Vaccination in Bombay 1924-1928 - 1924-1928
Year: 1924
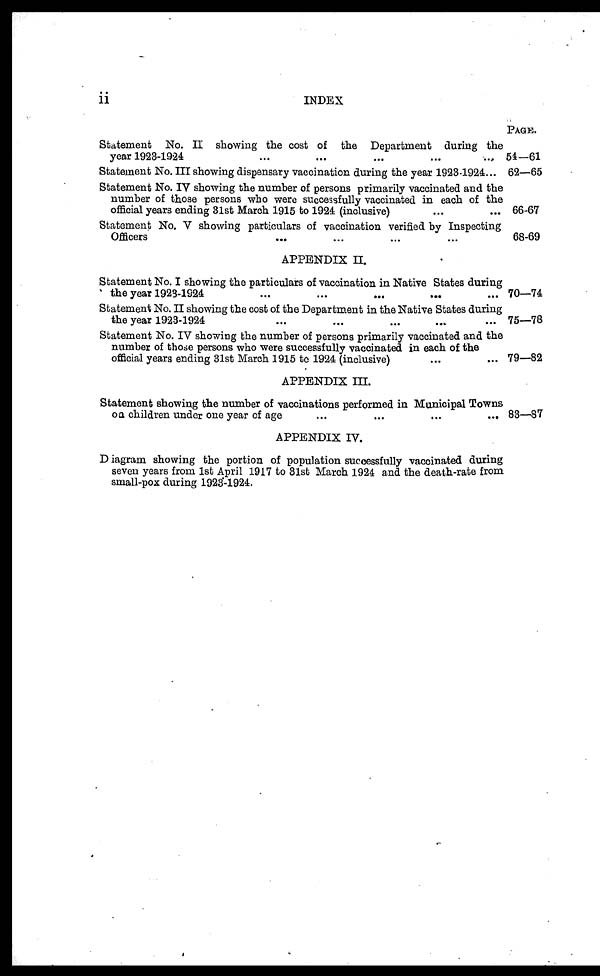
ii
INDEX
Statement No. II showing the cost of the Department during the
year 1923-1924 ... ... ... ... ...
Statement No. III showing dispensary vaccination during the year 1923-1924...
Statement No. IV showing the number of persons primarily vaccinated and the
number of those persons who were successfully vaccinated in each of the
official years ending 31st March 1915 to 1924 (inclusive) ... ...
Statement No. V showing particulars of vaccination verified by Inspecting
Officers ... ... ... ...
APPENDIX II.
Statement No. I showing the particulars of vaccination in Native States during
the year 1923-1924 ... ... ... ... ...
Statement No. II showing the cost of the Department in the Native States during
the year 1923-1924 ... ... ... ... ...
Statement No. IV showing the number of persons primarily vaccinated and the
number of those persons who were successfully vaccinated in each of the
official years ending 31st March 1915 to 1924 (inclusive) ... ...
APPENDIX III.
Statement showing the number of vaccinations performed in Municipal Towns
on children under one year of age
...
...
...
...
APPENDIX IV.
Diagram showing the portion of population successfully vaccinated during
seven years from 1st April 1917 to 31st March 1924 and the death-rate from
small-pox during 1923-1924.
PAGE.
54—61
62—65
66-67
68-69
70—74
75—78
79—82
83—87